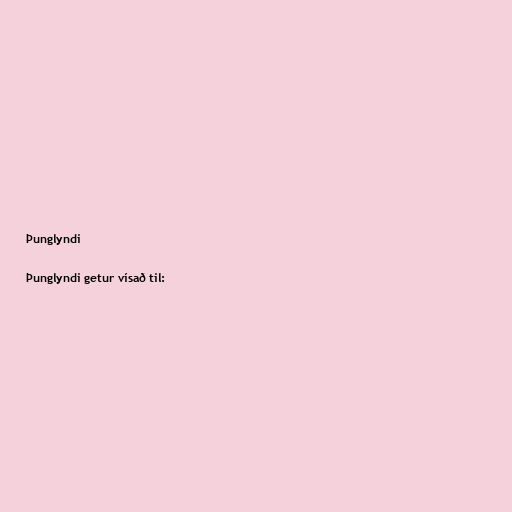
Þunglyndi

Þunglyndi getur vísað til: